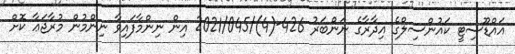
އައްޑޫސިޓީ ކައުންސިލްގެ އިދާރާގެ ނަންބަރު 426-(4)/2021/045 އިން ނިންމާފައިވާ ނިންމުން މުރާޖަޢާ ކޮށް